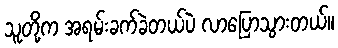
သူတို့က အရမ်းခက်ခဲတယ်ပဲ လာပြောသွားတယ်။